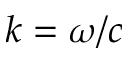
k = \omega / c